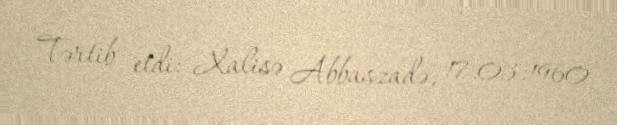
Tərtib etdi: Xalisə Abbaszadə, 17.03.1960